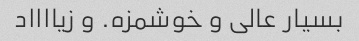
بسیار عالی و خوشمزه. و زیااااد